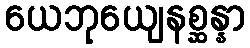
ယေဘုယျေနစ္ဆန္နာ